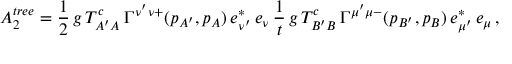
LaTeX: A _ { 2 } ^ { t r e e } = \frac { 1 } { 2 } \, g \, T _ { A ^ { \prime } A } ^ { c } \, \Gamma ^ { \nu ^ { \prime } \nu + } ( p _ { A ^ { \prime } } , p _ { A } ) \, e _ { \nu ^ { \prime } } ^ { * } \, e _ { \nu } \, \frac { 1 } { t } \, g \, T _ { B ^ { \prime } B } ^ { c } \, \Gamma ^ { \mu ^ { \prime } \mu - } ( p _ { B ^ { \prime } } , p _ { B } ) \, e _ { \mu ^ { \prime } } ^ { * } \, e _ { \mu } \, ,